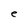
Character: e